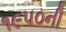
૧૯૫૦ની